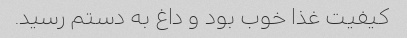
کیفیت غذا خوب بود و داغ به دستم رسید.